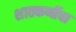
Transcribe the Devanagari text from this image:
शातकर्णीचा